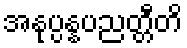
အနုပ္ပန္နပညတ္တီတိ